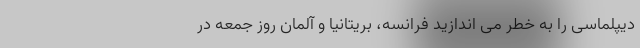
دیپلماسی را به خطر می اندازید فرانسه، بریتانیا و آلمان روز جمعه در